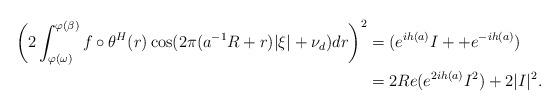
LaTeX: \begin{align*} \bigg(2\int_{\varphi(\omega)}^{\varphi(\beta)} f\circ \theta^H(r) \cos(2\pi(a^{-1}R+r)|\xi| + \nu_d) dr\bigg)^2{}& =(e^{ih(a)}I + + e^{-ih(a)})\\&=2Re( e^{2ih(a)}I^2) + 2|I|^2.\end{align*}